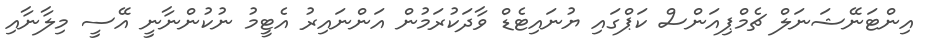
އިންޓަނޭޝަނަލް ޗެމްޕިއަންސް ކަޕްގައި ޔުނައިޓެޑް ވާދަކުރަމުން އަންނައިރު އެޓީމު ނުކުންނާނީ އޭސީ މިލާނާއި